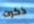
ذكرت